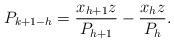
LaTeX: \begin{align*}P_{k+1-h} = \frac{x_{h+1}z}{P_{h+1}} - \frac{x_hz}{P_h}.\end{align*}